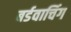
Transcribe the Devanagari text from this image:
बर्डवाचिंग